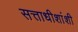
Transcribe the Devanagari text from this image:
सत्ताधीशांशी